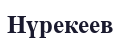
Нүрекеев